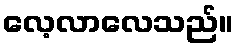
လေ့လာလေသည်။